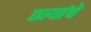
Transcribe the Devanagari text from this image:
छायांचे